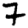
Digit: 7